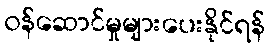
ဝန်ဆောင်မှုများပေးနိုင်ရန်